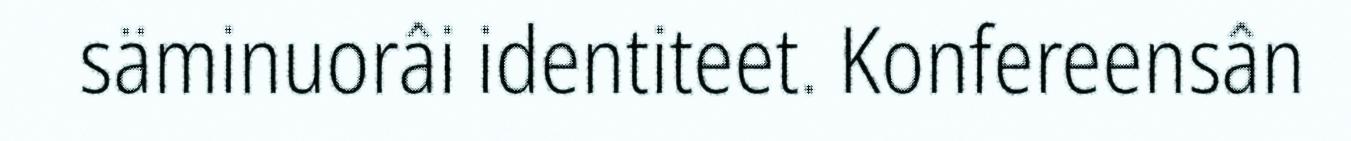
säminuorâi identiteet. Konfereensân